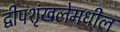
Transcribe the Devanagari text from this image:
द्वीपशृंखलेमधील